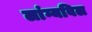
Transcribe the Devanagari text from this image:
लांग्यविल